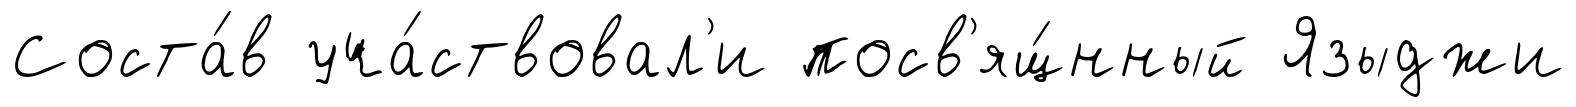
Соста́в уча́ствовал'и посв'ящ́нный Языджи